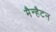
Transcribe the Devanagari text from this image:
मैन्हैटन